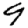
Digit: 9